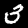
Label: 3